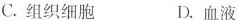
C. 组织细胞 D. 血液